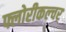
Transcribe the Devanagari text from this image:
फ्लोरीकल्चर